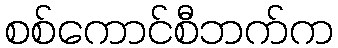
စစ်ကောင်စီဘက်က